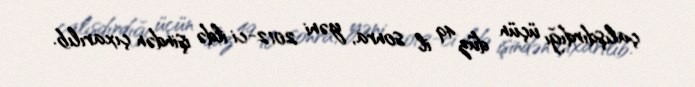
çalışdırdığı üçün düz 49 il sonra, yəni 2012-ci ildə işindən çıxarılıb.